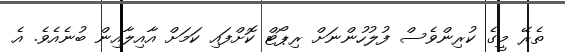
ތެރޭ މީގެ ކުރިންވެސް ފުލުހުންނަށް ރިޕޯޓް ކޮށްފައި ކަމަށް އާއިލާއިން ބުނެއެވެ. އެ